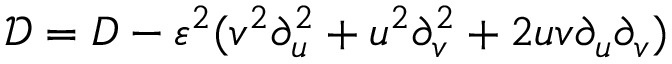
\mathcal { D } = D - \varepsilon ^ { 2 } ( v ^ { 2 } \partial _ { u } ^ { 2 } + u ^ { 2 } \partial _ { v } ^ { 2 } + 2 u v \partial _ { u } \partial _ { v } )